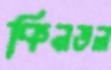
কিনডল